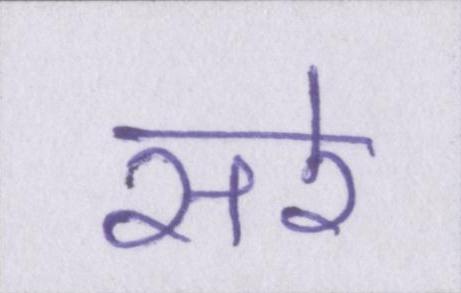
सरे